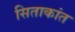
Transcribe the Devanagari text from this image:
सिताकांत